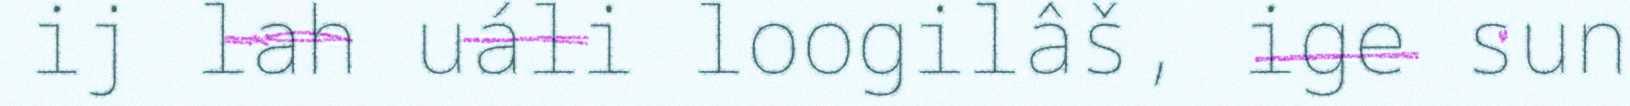
ij lah uáli loogilâš, ige sun